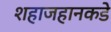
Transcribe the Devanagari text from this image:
शहाजहानकडे